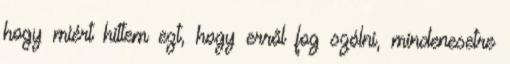
hogy miért hittem ezt, hogy erről fog szólni, mindenesetre